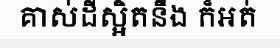
គាស់ដីស្អិតនឹង ក៏អត់